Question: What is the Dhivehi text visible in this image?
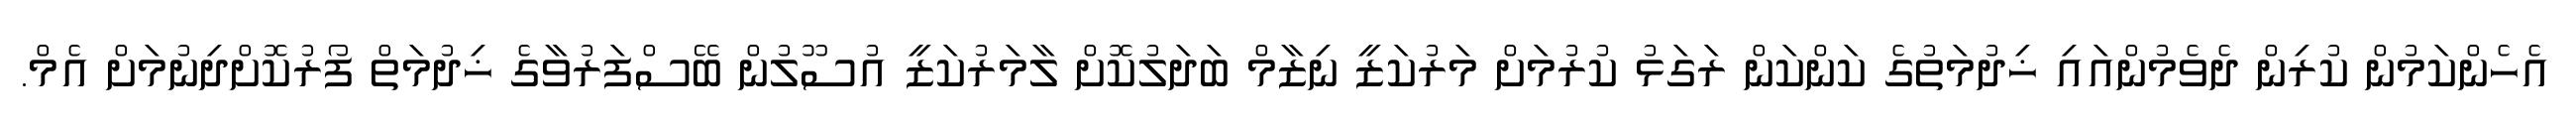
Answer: އެހެންކަމުން ކުރިން ދެވެމުންއައި ޚިދުމަތުގެ ކަންކަން ރަގަޅު ކުރުމަށް މަރުކަޒީ ނިޒާމް ބަދަލުކޮށް ލާމަރުކަޒީ އުސޫލުން ބޭސްފަރުވާގެ ޚިދުމަތް ފޯރުކޮށްދިނުމަށް އެމް.